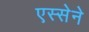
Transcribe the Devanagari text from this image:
एस्सेने